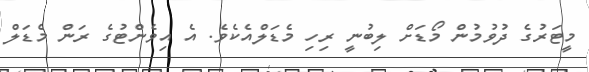
މީޓަރުގެ ދުވުމުން މޯޑަށް ލިބުނީ ރިހި މެޑަލްއެކެވެ. އެ އިވެންޓުގެ ރަން މެޑަލް